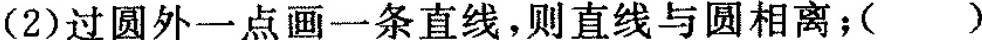
（2）过圆外一点画一条直线，则直线与圆相离；()